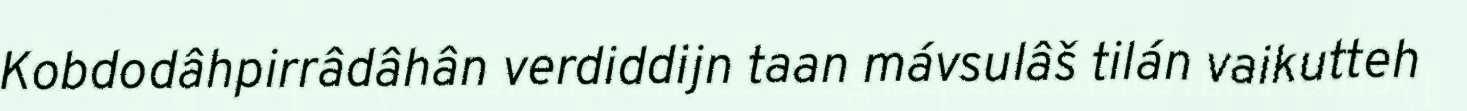
Kobdodâhpirrâdâhân verdiddijn taan mávsulâš tilán vaikutteh